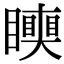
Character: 𥌪